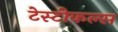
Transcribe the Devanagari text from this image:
टेस्टीकल्स